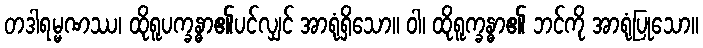
တဒါရမ္မဏဿ၊ ထိုရူပက္ခန္ဓာ၏ပင်လျှင် အာရုံရှိသော။ ဝါ၊ ထိုရူက္ခန္ဓာ၏ ဘင်ကို အာရုံပြုသော။